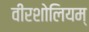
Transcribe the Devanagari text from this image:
वीरशोलियम्